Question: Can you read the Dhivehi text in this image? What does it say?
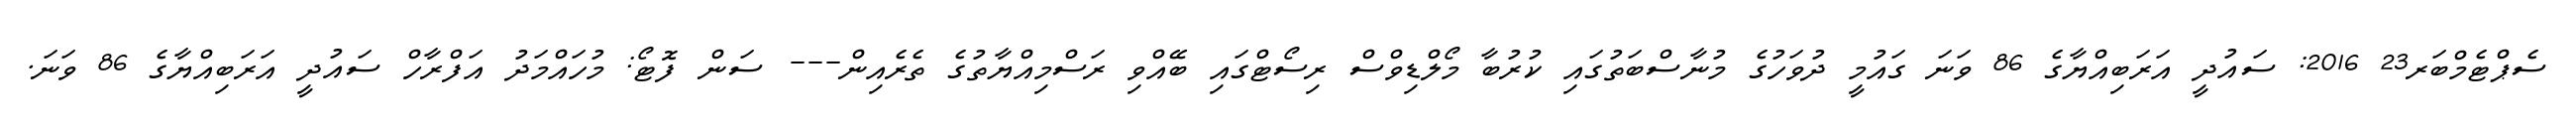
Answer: ސެޕްޓެމްބަރ23 2016: ސައުދީ އަރަބިއްޔާގެ 86 ވަނަ ގައުމީ ދުވަހުގެ މުނާސްބަތުގައި ކުރުބާ މޯލްޑިވްސް ރިސޯޓްގައި ބޭއްވި ރަސްމިއްޔާތުގެ ތެރެއިން--- ސަން ފޮޓޯ: މުހައްމަދު އަފްރާހް ސައުދީ އަރަބިއްޔާގެ 86 ވަނަ.